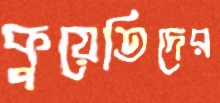
কুয়েতিদের